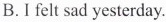
B. I felt sad yesterday.